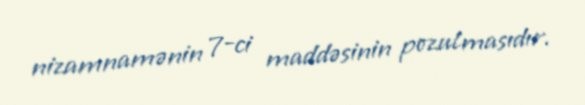
nizamnamənin 7-ci maddəsinin pozulmasıdır.